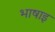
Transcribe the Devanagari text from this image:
भाषाइ